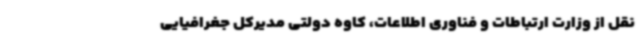
نقل از وزارت ارتباطات و فناوری اطلاعات، کاوه دولتی مدیرکل جغرافیایی